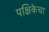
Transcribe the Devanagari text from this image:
पक्षिकेचा